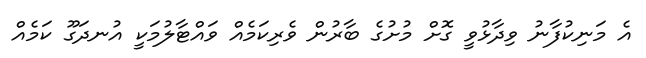
އެ މަނިކުފާނު ވިދާޅުވީ ގޮށް މުށުގެ ބާރުން ވެރިކަމެއް ވައްޓާލުމަކީ އުނދަގޫ ކަމެއް